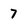
Character: 7